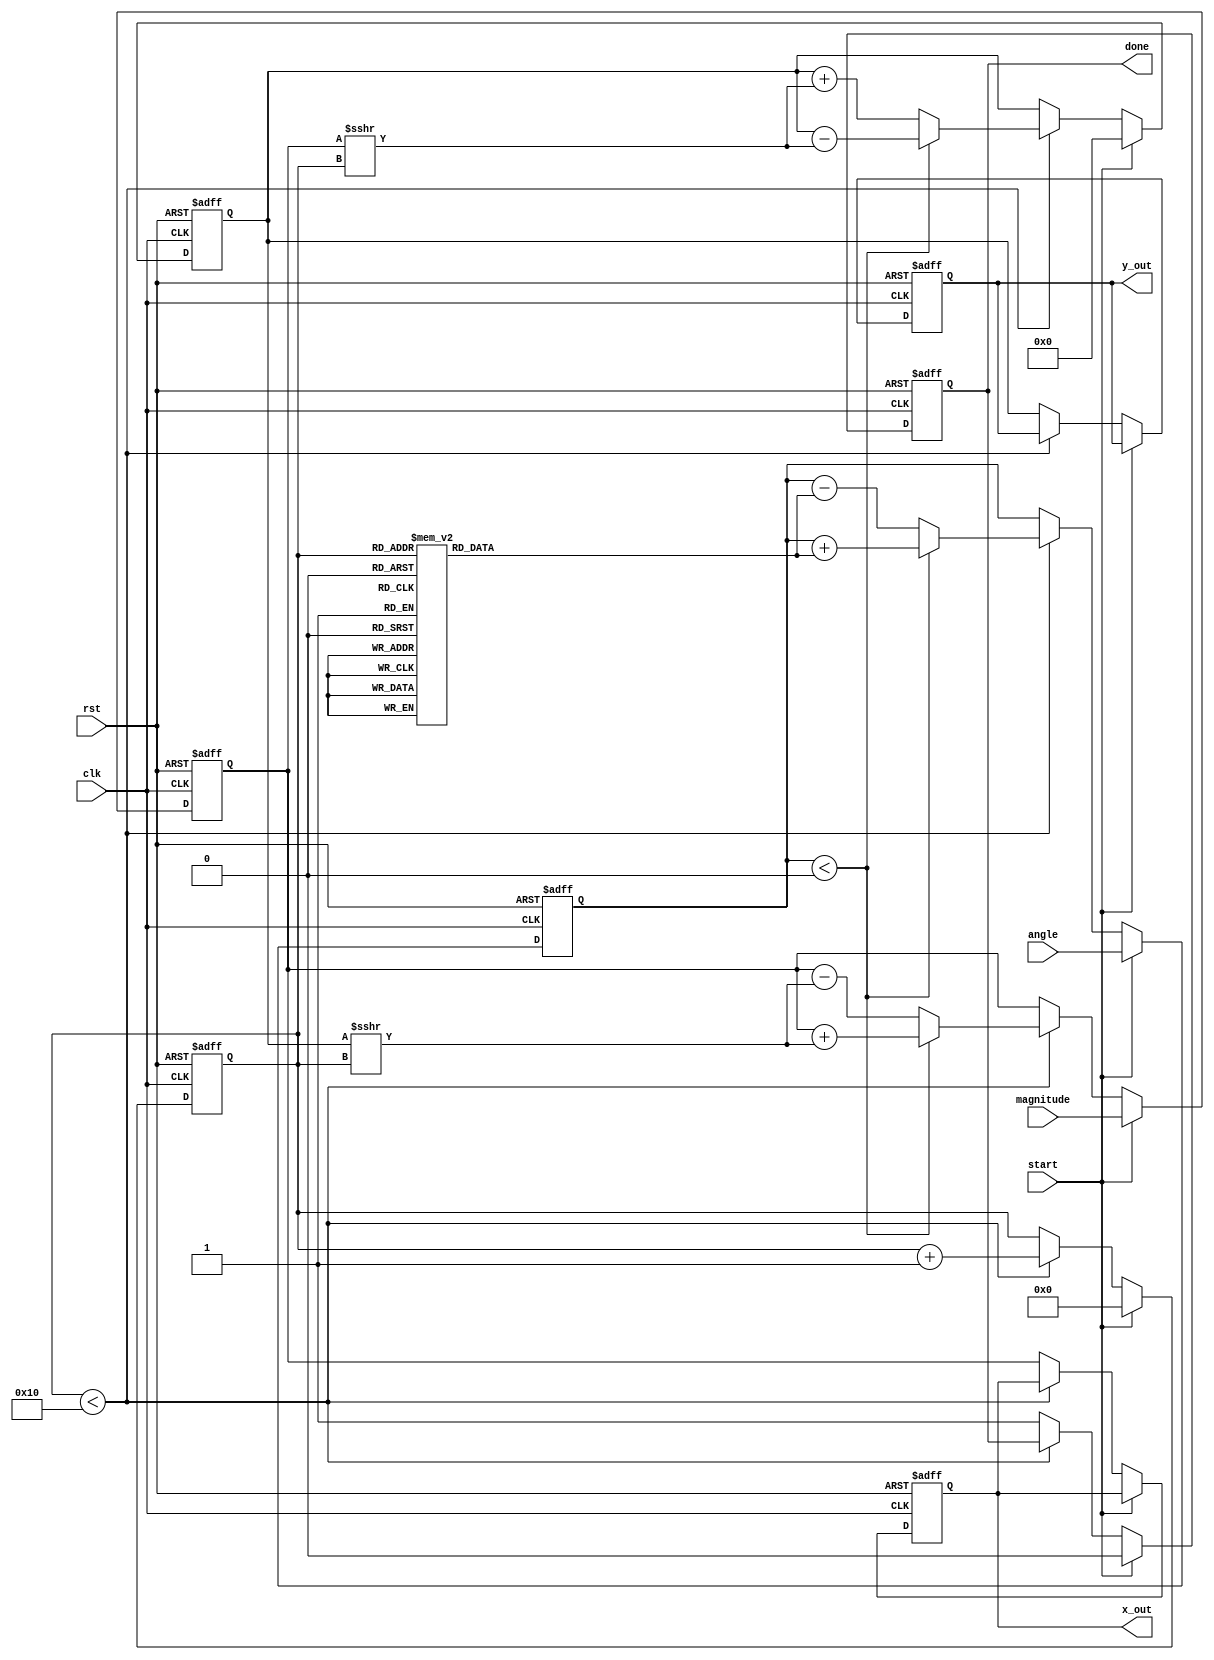
module cordic(
    input wire clk,
    input wire rst,
    input wire [15:0] angle, // Input angle in fixed-point format
    input wire [15:0] magnitude, // Input magnitude for vector operations
    input wire start,
    output reg [15:0] x_out, // Output x coordinate (cosine)
    output reg [15:0] y_out, // Output y coordinate (sine)
    output reg done // Indicates completion of computation
);

    parameter NUM_ITERATIONS = 16; // Number of CORDIC iterations
    reg [15:0] x, y, z; // Internal registers for x, y, and angle
    reg [3:0] iteration; // Iteration counter
    reg [15:0] atan_table [0:NUM_ITERATIONS-1]; // Lookup table for arctangent values

    // Initialize arctangent lookup table
    initial begin
        atan_table[0] = 16'h3243; // atan(1) in fixed-point
        atan_table[1] = 16'h1DAC; // atan(0.5)
        atan_table[2] = 16'h0FAD; // atan(0.25)
        atan_table[3] = 16'h07A1; // atan(0.125)
        // Add more values as needed
    end

    // State machine for CORDIC computation
    always @(posedge clk or posedge rst) begin
        if (rst) begin
            x <= 16'h0000;
            y <= 16'h0000;
            z <= 16'h0000;
            iteration <= 0;
            done <= 0;
            x_out <= 0;
            y_out <= 0;
        end else if (start) begin
            // Initialize values
            x <= magnitude; // Start with input magnitude
            y <= 0; // Initial y coordinate
            z <= angle; // Input angle
            iteration <= 0;
            done <= 0;
        end else if (iteration < NUM_ITERATIONS) begin
            // CORDIC iteration
            if (z < 0) begin
                // Rotate clockwise
                x <= x + (y >>> iteration);
                y <= y - (x >>> iteration);
                z <= z + atan_table[iteration];
            end else begin
                // Rotate counter-clockwise
                x <= x - (y >>> iteration);
                y <= y + (x >>> iteration);
                z <= z - atan_table[iteration];
            end
            iteration <= iteration + 1;
        end else begin
            // Computation done
            done <= 1;
            x_out <= x; // Output x coordinate (cosine)
            y_out <= y; // Output y coordinate (sine)
        end
    end

endmodule